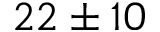
2 2 \pm 1 0